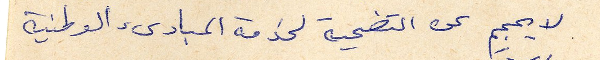
لا يحجم عن التضحية لخدمة المبادئ الوطنية